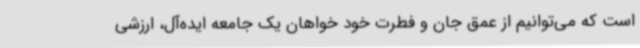
است که می‌توانیم از عمق جان و فطرت خود خواهان یک جامعه ایده‌آل، ارزشی